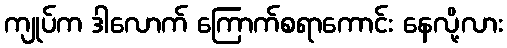
ကျုပ်က ဒါလောက် ကြောက်စရာကောင်း နေလို့လား